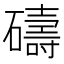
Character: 𥖲